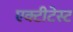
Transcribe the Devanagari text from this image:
एक्टीटेस्ट